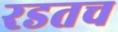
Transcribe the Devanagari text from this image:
रडतच